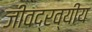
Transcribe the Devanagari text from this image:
जीवद्रव्यीय